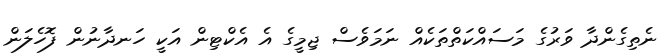
ނެތިގެންދާ ވަރުގެ މަސައްކަތްތަކެއް ނަމަވެސް ޖިމީގެ އެ އެކްޓިން އަކީ ހަނދާނުން ފޮހެލަން